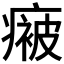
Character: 𭼤